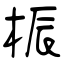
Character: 桭